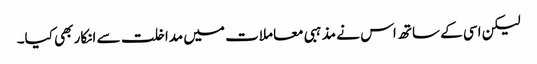
لیکن اسی کے ساتھ اس نے مذہبی معاملات میں مداخلت سے انکار بھی کیا۔